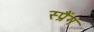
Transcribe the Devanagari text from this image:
स्प्रैंग